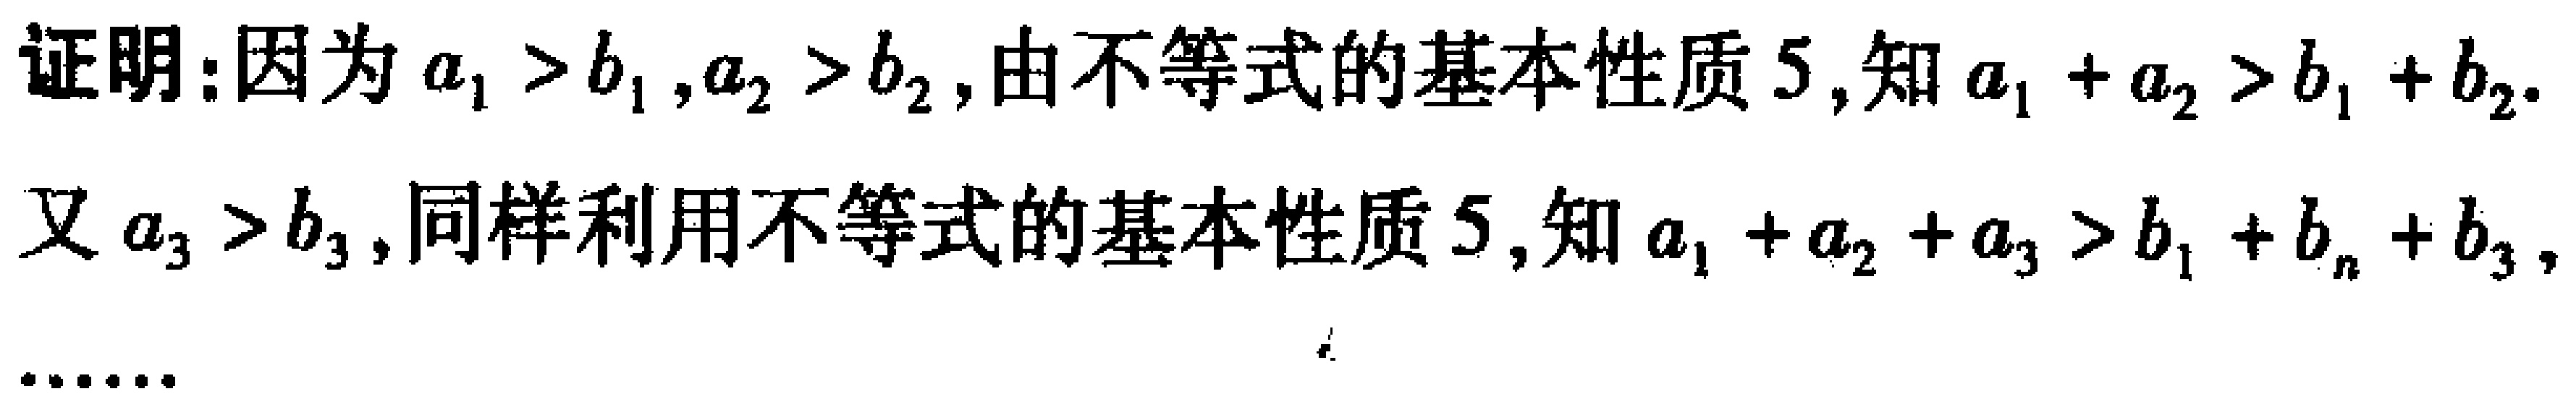
证明：因为\(a_{1} > b_{1},a_{2} > b_{2}\)，由不等式的基本性质5，知\(a_{1} + a_{2} > b_{1} + b_{2}\).

又\(a_{3} > b_{3}\)，同样利用不等式的基本性质5，知\(a_{1} + a_{2} + a_{3} > b_{1} + b_{n} + b_{3}\)，

\(\cdots\cdots\)